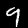
Digit: 9